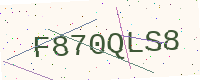
Text: F870QLS8